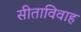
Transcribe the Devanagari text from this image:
सीताविवाह